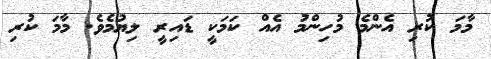
މާމަ ކުރި އެންމެ މުހިންމު އެއް ކަމަކީ ޑައިރީ ލިޔުމެވެ. މާމަ ކުރި